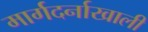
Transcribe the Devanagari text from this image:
मार्गदर्नाखाली